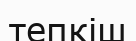
тепкіш